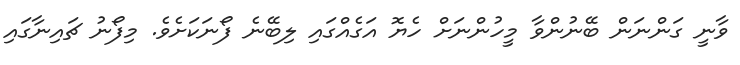
ވާނީ ގަންނަން ބޭނުންވާ މީހުންނަށް ހެޔޮ އަގެއްގައި ލިބޭނެ ފޯނަކަށެވެ. މިފޯނު ޗައިނާގައި